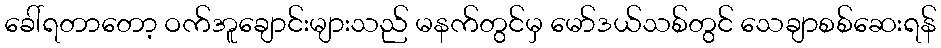
ခေါ်ရတာတော့ ဝက်အူချောင်းများသည် မနက်တွင်မှ မော်ဒယ်သစ်တွင် သေချာစစ်ဆေးရန်